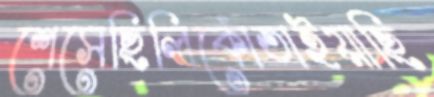
শেসেছিলিকোঁতাইয়াছি